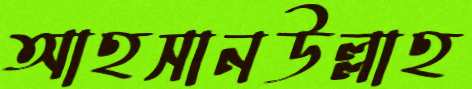
আহসানউল্লাহ